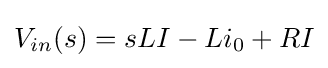
V_{in}(s)=sLI-Li_{0}+RI